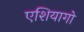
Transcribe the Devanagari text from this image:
एशियागो